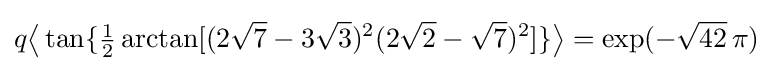
q{\bigl \langle }\tan\{{\tfrac {1}{2}}\arctan[(2{\sqrt {7}}-3{\sqrt {3}})^{2}(2{\sqrt {2}}-{\sqrt {7}})^{2}]\}{\bigr \rangle }=\exp(-{\sqrt {42}}\,\pi )